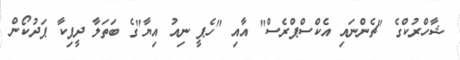
ޝާހްރުކްގެ "ޗެންނައި އެކްސްޕްރެސް" އާއި "ހެޕީ ނިއު އިޔާ"ގެ ބަތަލާ ދީޕިކާ ޕަދުކޯން